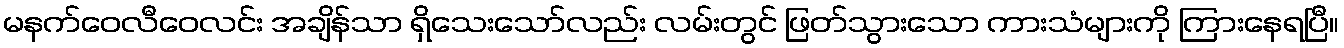
မနက်ဝေလီဝေလင်း အချိန်သာ ရှိသေးသော်လည်း လမ်းတွင် ဖြတ်သွားသော ကားသံများကို ကြားနေရပြီ။